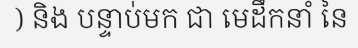
) និង បន្ទាប់មក ជា មេដឹកនាំ នៃ